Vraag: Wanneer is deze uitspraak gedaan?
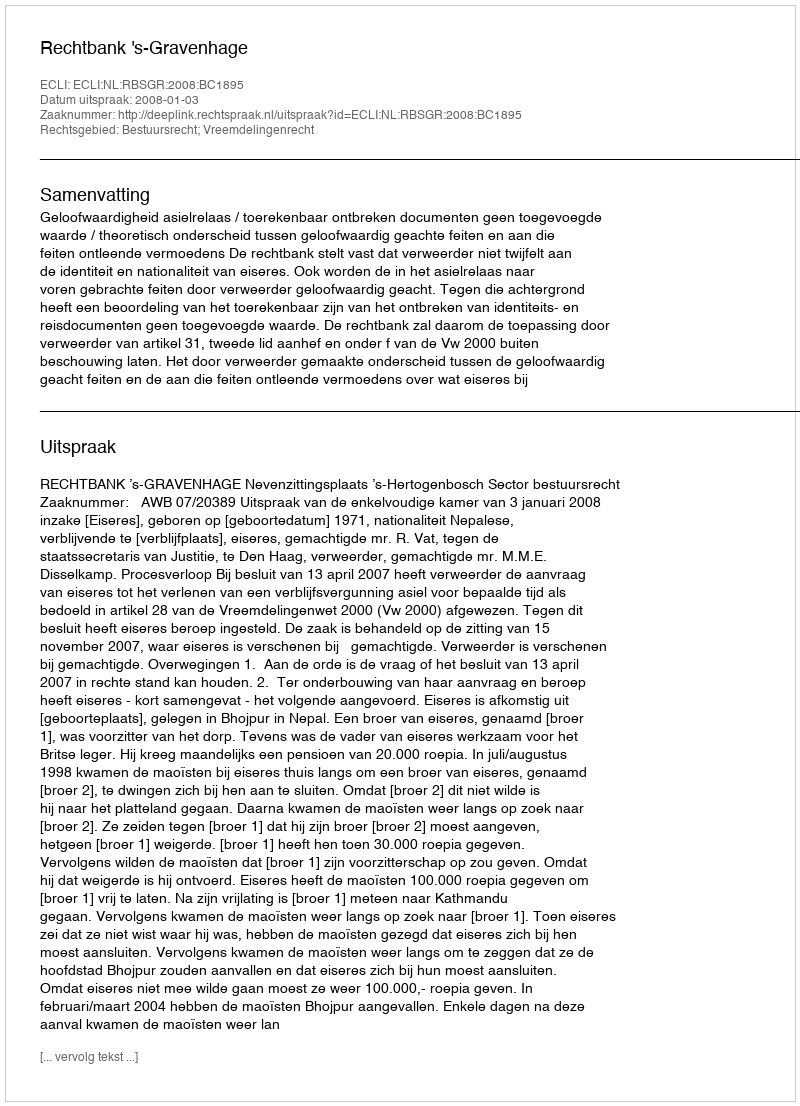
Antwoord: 2008-01-03